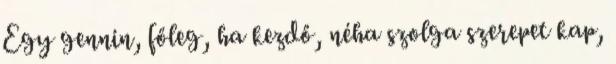
Egy gennin, főleg, ha kezdő, néha szolga szerepet kap,